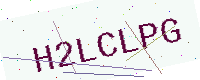
Text: H2LCLPG